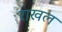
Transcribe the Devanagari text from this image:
राखल